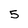
Character: 5